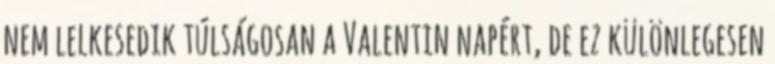
nem lelkesedik túlságosan a Valentin napért, de ez különlegesen